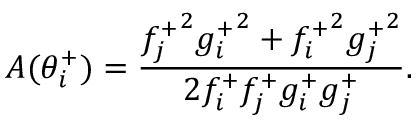
A ( \theta _ { i } ^ { + } ) = \frac { { f _ { j } ^ { + } } ^ { 2 } { g _ { i } ^ { + } } ^ { 2 } + { f _ { i } ^ { + } } ^ { 2 } { g _ { j } ^ { + } } ^ { 2 } } { 2 f _ { i } ^ { + } f _ { j } ^ { + } g _ { i } ^ { + } g _ { j } ^ { + } } .